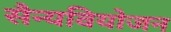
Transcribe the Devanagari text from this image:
सैन्यवियोजन